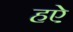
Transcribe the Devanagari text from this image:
हऐ